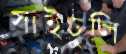
সাইঢুলি